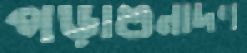
পড়াশুনাদণ